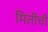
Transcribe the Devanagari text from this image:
मितीची